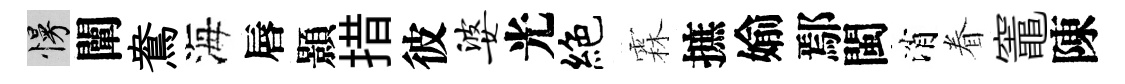
慢闡鴦海唇顥措彼婆光絶霖摭媮鄢閩消眷竈陳